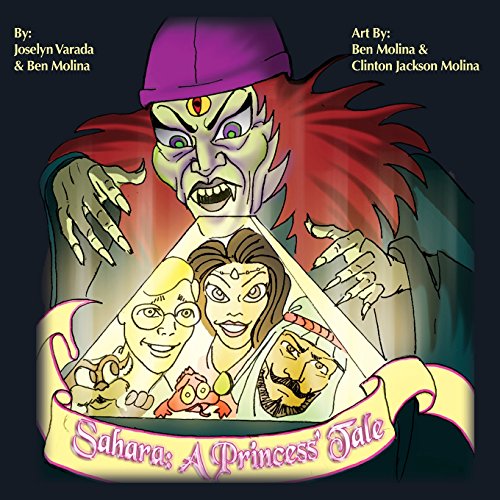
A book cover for Sahara, A Princess Tale; Joselyn Varada; Children's Books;